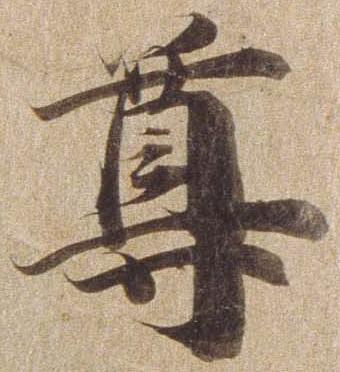
尊